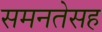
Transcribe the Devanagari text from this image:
समनतेसह